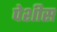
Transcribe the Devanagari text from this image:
पेशीस